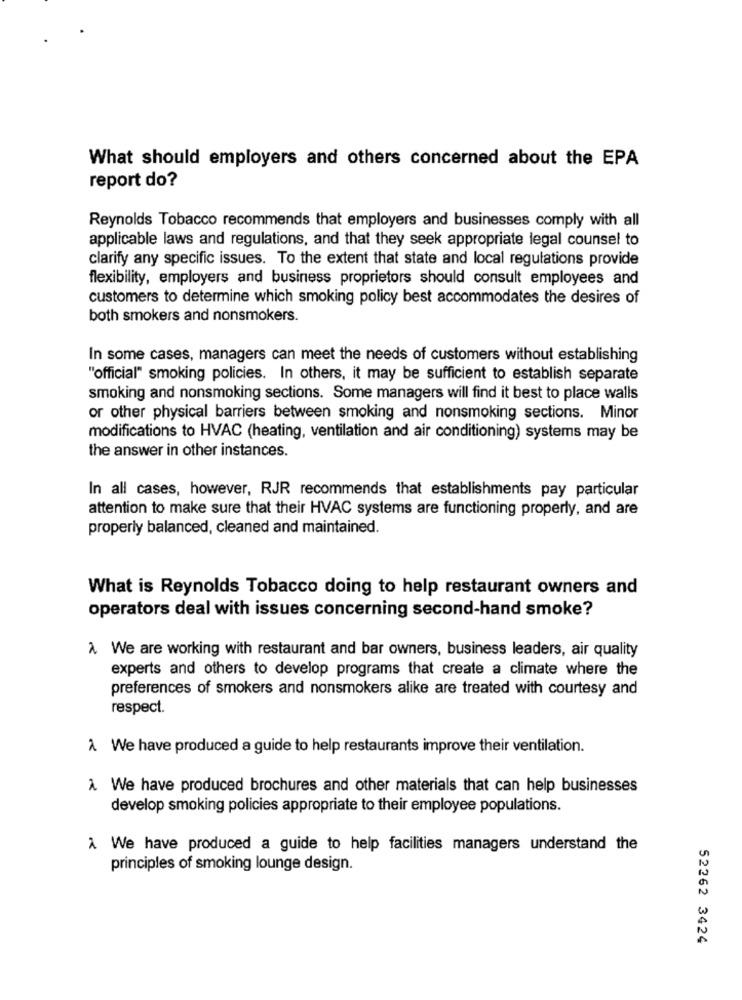
What should employers and others concerned about the EPA
report do?
Reynolds Tobacco recommends that employers and businesses comply with all
applicable laws and regulations, and that they seek appropriate legal counsel to
clarify any specific issues. To the extent that state and local regulations provide
flexibility, employers and business proprietors should consult employees and
customers to determine which smoking policy best accommodates the desires of
both smokers and nonsmokers.
In some cases, managers can meet the needs of customers without establishing
"official" smoking policies. In others, it may be sufficient to establish separate
smoking and nonsmoking sections. Some managers will find it best to place walls
or other physical barriers between smoking and nonsmoking sections. Minor
modifications to HVAC (heating, ventilation and air conditioning) systems may be
the answer in other instances.
In all cases, however, RJR recommends that establishments pay particular
attention to make sure that their HVAC systems are functioning properly, and are
properly balanced, cleaned and maintained.
What is Reynolds Tobacco doing to help restaurant owners and
operators deal with issues concerning second-hand smoke?
À We are working with restaurant and bar owners, business leaders, air quality
experts and others to develop programs that create a climate where the
preferences of smokers and nonsmokers alike are treated with courtesy and
respect.
A We have produced a guide to help restaurants improve their ventilation.
À We have produced brochures and other materials that can help businesses
develop smoking policies appropriate to their employee populations.
À We have produced a guide to help facilities managers understand the
principles of smoking lounge design.
52262 3424